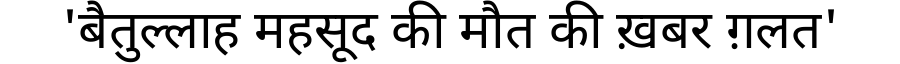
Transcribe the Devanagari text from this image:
'बैतुल्लाह महसूद की मौत की ख़बर ग़लत'